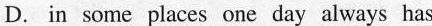
D. in some places one day always has